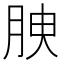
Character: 𦚤